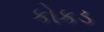
કોકડ